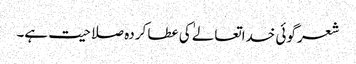
شعر گوئی خداتعالےٰ کی عطا کردہ صلاحیت ہے۔